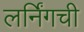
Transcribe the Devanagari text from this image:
लर्निंगची